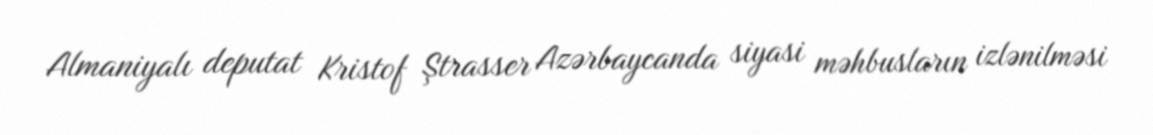
Almaniyalı deputat Kristof Ştrasser Azərbaycanda siyasi məhbusların izlənilməsi